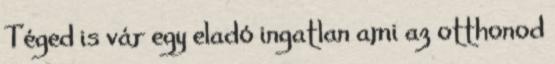
Téged is vár egy eladó ingatlan ami az otthonod